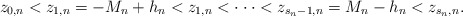
\begin{align*}z_{0,n}<z_{1,n}=-M_{n}+h_{n}<z_{1,n}<\cdot \cdot \cdot<z_{s_{n}-1,n}=M_{n}-h_{n}<z_{s_{n},n}. \end{align*}